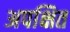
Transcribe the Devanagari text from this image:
अपक्षित